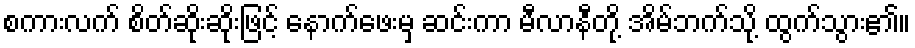
စကားလက် စိတ်ဆိုးဆိုးဖြင့် နောက်ဖေးမှ ဆင်းကာ မီလာနီတို့ အိမ်ဘက်သို့ ထွက်သွား၏။